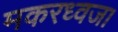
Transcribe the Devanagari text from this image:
मकरध्वज।